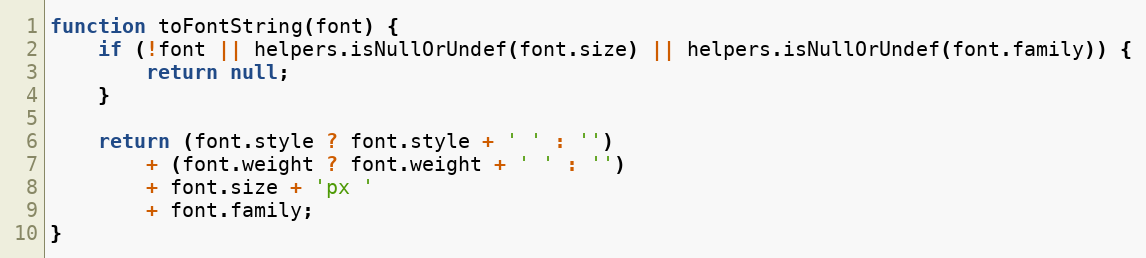
Language: JavaScript
function toFontString(font) {
	if (!font || helpers.isNullOrUndef(font.size) || helpers.isNullOrUndef(font.family)) {
		return null;
	}

	return (font.style ? font.style + ' ' : '')
		+ (font.weight ? font.weight + ' ' : '')
		+ font.size + 'px '
		+ font.family;
}